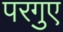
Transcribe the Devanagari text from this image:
परगुए